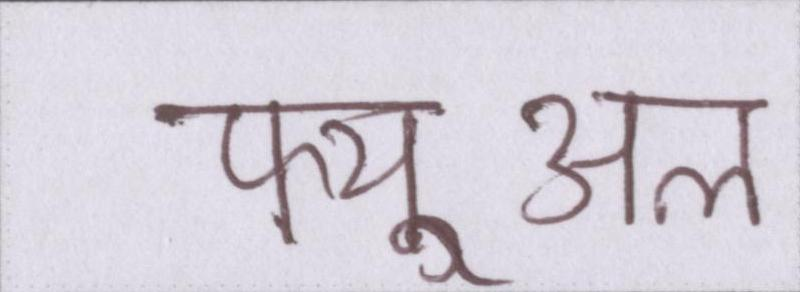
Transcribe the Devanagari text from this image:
फ्यूअल